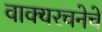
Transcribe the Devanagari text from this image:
वाक्यरचनेचे